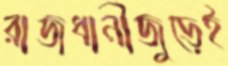
রাজধানীজুড়েই